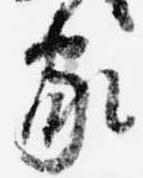
家